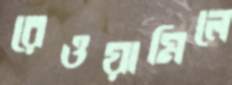
রেওয়ামিলে